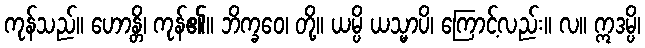
ကုန်သည်။ ဟောန္တိ၊ ကုန်၏။ ဘိက္ခဝေ၊ တို့။ ယမ္ပိ ယသ္မာပိ၊ ကြောင့်လည်း။ လ။ ဣဒမ္ပိ၊